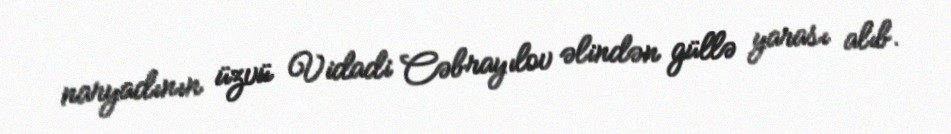
naryadının üzvü Vidadi Cəbrayılov əlindən güllə yarası alıb.